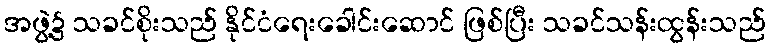
အဖွဲ့၌ သခင်စိုးသည် နိုင်ငံရေးခေါင်းဆောင် ဖြစ်ပြီး သခင်သန်းထွန်းသည်